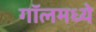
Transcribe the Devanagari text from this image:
गॉलमध्ये